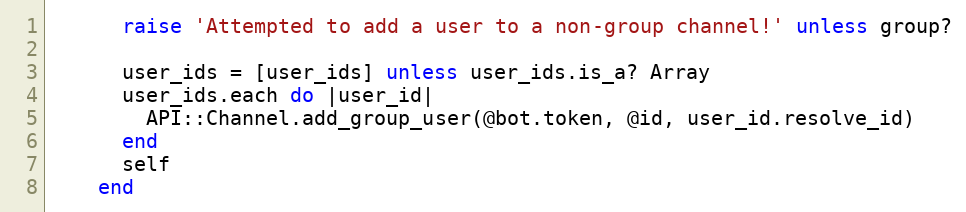
Language: Ruby
      raise 'Attempted to add a user to a non-group channel!' unless group?

      user_ids = [user_ids] unless user_ids.is_a? Array
      user_ids.each do |user_id|
        API::Channel.add_group_user(@bot.token, @id, user_id.resolve_id)
      end
      self
    end